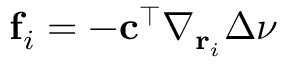
\mathbf { f } _ { i } = - \mathbf { c } ^ { \top } \nabla _ { \mathbf { r } _ { i } } \Delta \boldsymbol { \nu }